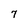
Character: 7